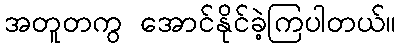
အတူတကွ အောင်နိုင်ခဲ့ကြပါတယ်။